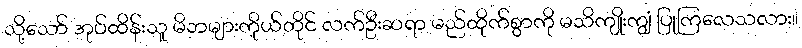
သို့သော် အုပ်ထိန်းသူ မိဘများကိုယ်တိုင် လက်ဦးဆရာ မည်ထိုက်စွာကို မသိကျိုးကျွံ ပြုကြလေသလား။